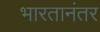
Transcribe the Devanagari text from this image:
भारतानंतर